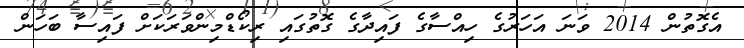
އެގޮތުން 2014 ވަަނަ އަހަރުގެ ހިއްސާގެ ފައިދާގެ ގޮތުގައި ރިކޯޑްމިންވަރަކަށް ފައިސާ ބަހަން